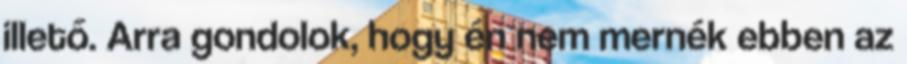
illető. Arra gondolok, hogy én nem mernék ebben az